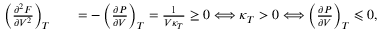
\begin{array} { r l r } { \left( \frac { \partial ^ { 2 } F } { \partial V ^ { 2 } } \right) _ { T } } & { } & { = - \left( \frac { \partial P } { \partial V } \right) _ { T } = \frac { 1 } { V \kappa _ { T } } \geq 0 \Longleftrightarrow \kappa _ { T } > 0 \Longleftrightarrow \left( \frac { \partial P } { \partial V } \right) _ { T } \leqslant 0 , } \end{array}